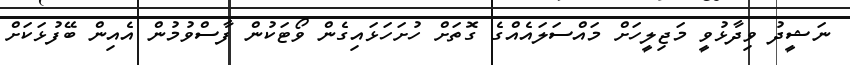
ނަޝީދު ވިދާޅުވީ މަޖިލީހަށް މައްސަލައެއްގެ ގޮތަށް ހުށަހަޅައިގެން ވޯޓަކުން ފާސްވުމުން އެއިން ބޭފުޅަކަށް